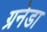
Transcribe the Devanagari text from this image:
ग्रनेडा